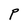
Character: P